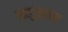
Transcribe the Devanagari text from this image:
सलुसन्स